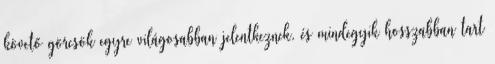
követő görcsök egyre világosabban jelentkeznek, és mindegyik hosszabban tart